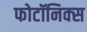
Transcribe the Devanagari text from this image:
फोटॉनिक्‍स